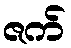
ဇက်